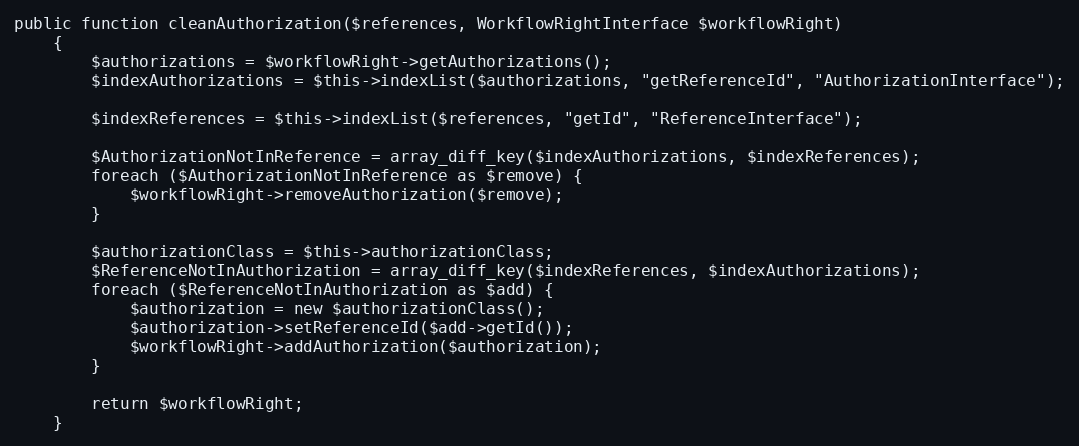
Language: PHP
public function cleanAuthorization($references, WorkflowRightInterface $workflowRight)
    {
        $authorizations = $workflowRight->getAuthorizations();
        $indexAuthorizations = $this->indexList($authorizations, "getReferenceId", "AuthorizationInterface");

        $indexReferences = $this->indexList($references, "getId", "ReferenceInterface");

        $AuthorizationNotInReference = array_diff_key($indexAuthorizations, $indexReferences);
        foreach ($AuthorizationNotInReference as $remove) {
            $workflowRight->removeAuthorization($remove);
        }

        $authorizationClass = $this->authorizationClass;
        $ReferenceNotInAuthorization = array_diff_key($indexReferences, $indexAuthorizations);
        foreach ($ReferenceNotInAuthorization as $add) {
            $authorization = new $authorizationClass();
            $authorization->setReferenceId($add->getId());
            $workflowRight->addAuthorization($authorization);
        }

        return $workflowRight;
    }